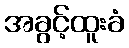
အခွင့်ထူးခံ